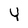
Character: Y